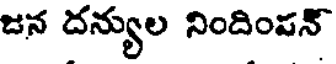
జన దన్యుల నిందింపన్